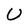
Character: U